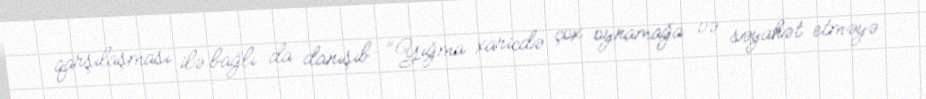
qarşılaşması ilə bağlı da danışıb: "Yığma xaricdə çox oynamağa və səyahət etməyə